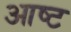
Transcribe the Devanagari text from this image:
आष्ट